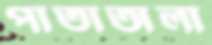
পাতাঅলা